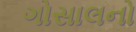
ગોસાલનો